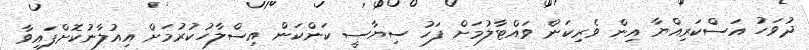
ދުވަހު އަސްކަރިއްޔާ އިން ވެރިކަން ވައްޓާލުމަށް ފަހު ސިޔާސީ ކަންކަން އިސްލާހުކުރުމަށް އިއުލާނުކޮށްފައިވާ